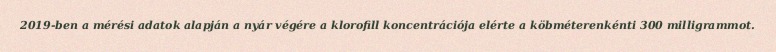
2019-ben a mérési adatok alapján a nyár végére a klorofill koncentrációja elérte a köbméterenkénti 300 milligrammot.